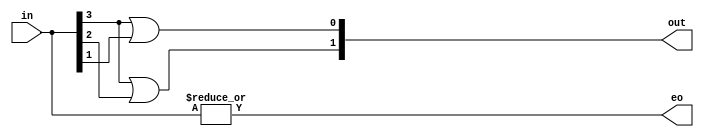
module encoder4x2 (in,out,eo);
  
  input [3:0] in;
  output [1:0] out;
  output eo;
  
  assign out[1] = in[3]|in[2];
  assign out[0] = in[3]|in[1];
  assign eo = |in;
  
endmodule